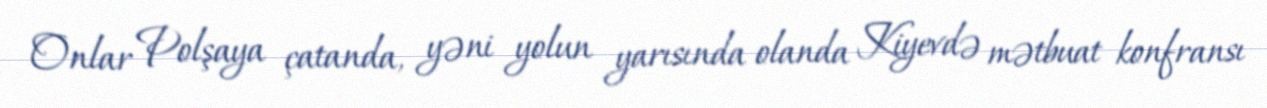
Onlar Polşaya çatanda, yəni yolun yarısında olanda Kiyevdə mətbuat konfransı